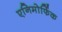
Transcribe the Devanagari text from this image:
एनिमोर्फिक